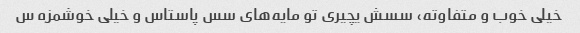
خیلی خوب و متفاوته، سسش یچیری تو مایه‌های سس پاستاس و خیلی خوشمزه س